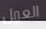
العمل